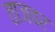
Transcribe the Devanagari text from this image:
ताजवर